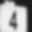
Digit: 4